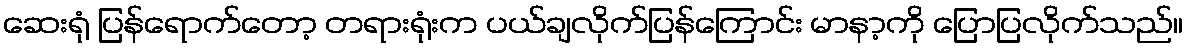
ဆေးရုံ ပြန်ရောက်တော့ တရားရုံးက ပယ်ချလိုက်ပြန်ကြောင်း မာနာ့ကို ပြောပြလိုက်သည်။